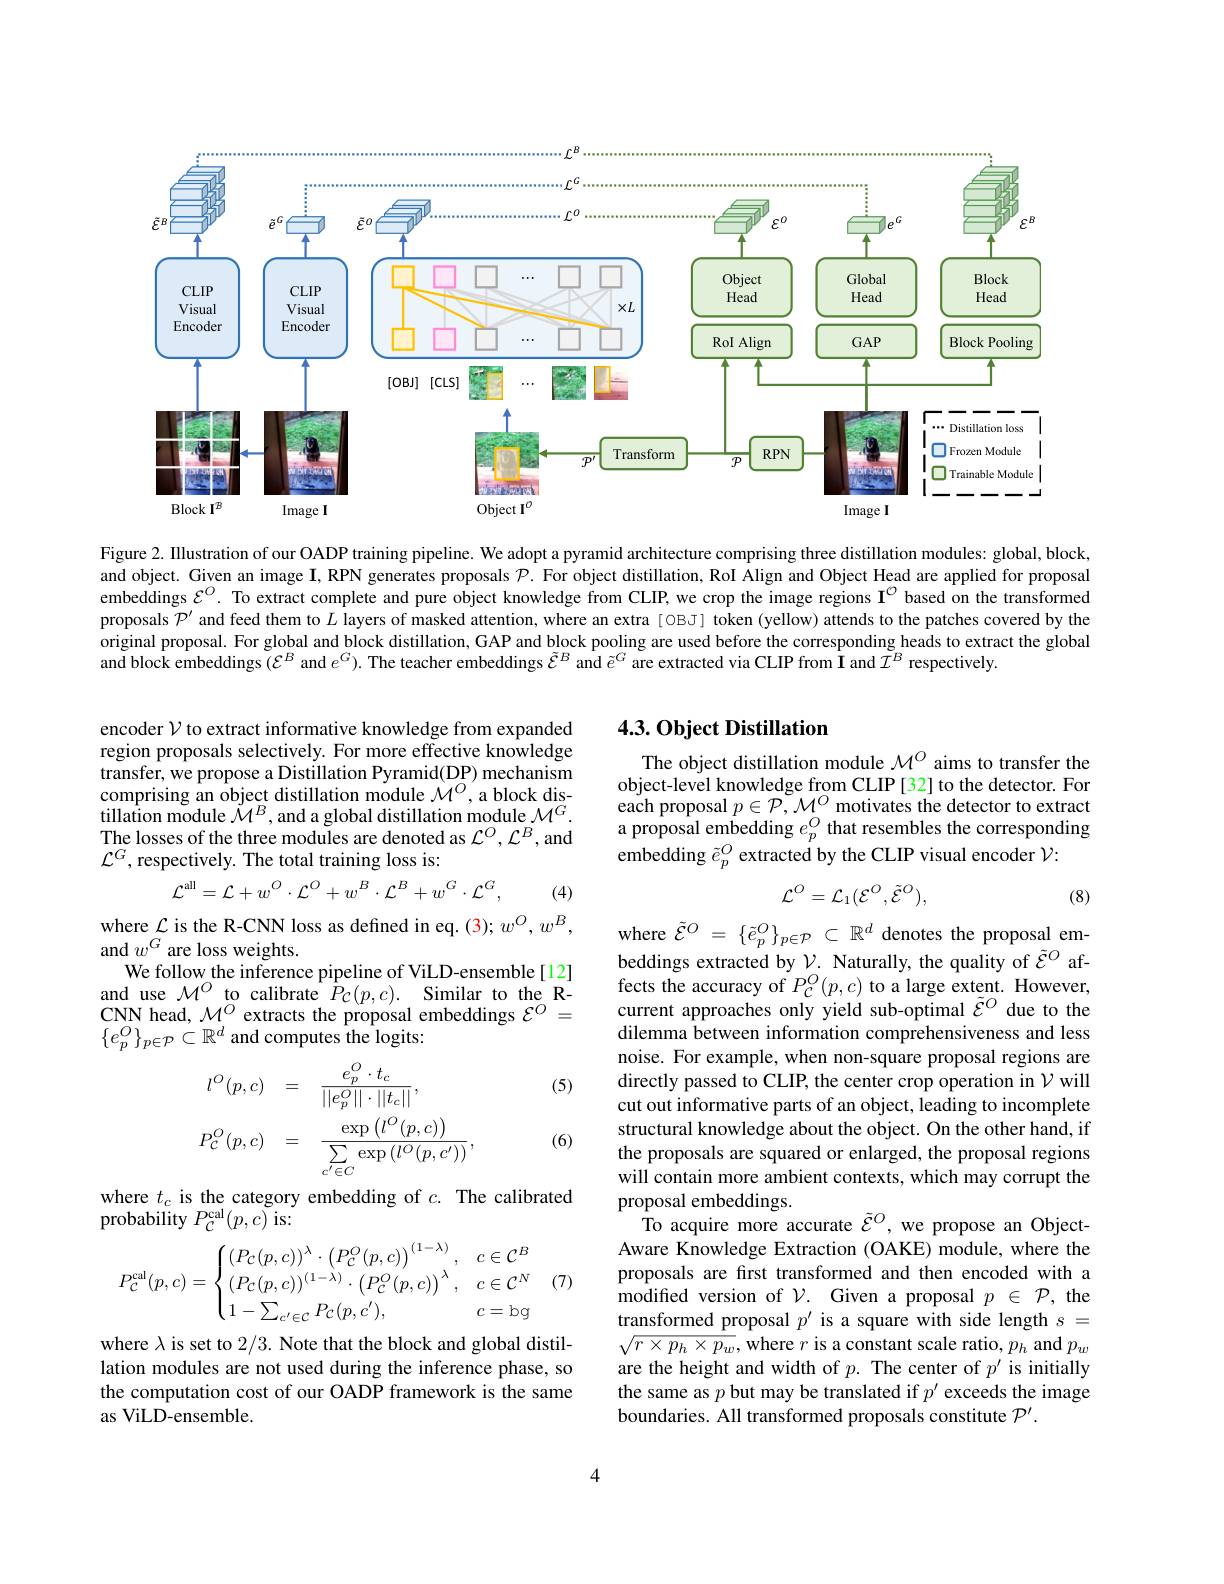
<FigureHere>

Figure 2. Illustration of our OADP training pipeline. We adopt a pyramid architecture comprising three distillation modules: global, block, and object. Given an image $\mathbf{I}$, RPN generates proposals $\mathcal{P}.$ For object distillation, RoI Align and Object Head are applied for proposal embeddings $\varepsilon^O.$ To extract complete and pure object knowledge from CLIP, we crop the image regions $\mathbf{I}^{\textcircled{O}}$ based on the transformed proposals $\mathcal{P}^\prime$ and feed them to $L$ layers of masked attention, where an extra[ OBJ] token (yellow) attends to the patches covered by the original proposal. For global and block distillation, GAP and block pooling are used before the corresponding heads to extract the global and block embeddings $(\mathcal{E}^B$ and $e^G).$ The teacher embeddings $\tilde{\mathcal{E}}^B$ and $\tilde{e}^G$ are extracted via CLIP from $\tilde{\mathcal{I}}$ and $\tilde{\mathcal{I}}^B$ respectively.

## 4.3. Object Distillation

encoder $\mathcal{V}$ to extract informative knowledge from expanded region proposals selectively. For more effective knowledge transfer, we propose a Distillation Pyramid(DP) mechanism comprising an object distillation module $\mathcal{M}^O$,a block distillation module $\mathcal{M}^B$,and a global distillation module $\mathcal{M}^G.$ The losses of the three modules are denoted as $\mathcal{L}^O,\mathcal{L}^B$,and $\mathcal{L}^G$,respectively. The total training loss is:

The object distillation module $\mathcal{M}^{O}$ aims to transfer the object-level knowledge from CLIP [32] to the detector. For each proposal $p\in\mathcal{P},\mathcal{M}^O$ motivates the detector to extract a proposal embedding $e_p^O$ that resembles the corresponding embedding $\tilde{e}_p^O$ extracted by the CLIP visual encoder $\mathcal{V}:$
$$\mathcal{L}^{\mathrm{all}}=\mathcal{L}+w^{O}\cdot\mathcal{L}^{O}+w^{B}\cdot\mathcal{L}^{B}+w^{G}\cdot\mathcal{L}^{G},$$
(4)
$$\mathcal{L}^{O}=\mathcal{L}_{1}(\mathcal{E}^{O},\tilde{\mathcal{E}}^{O}),$$
(8)

where $\mathcal{L}$ is the R-CNN loss as defined in eq.(3); $w^O,w^B$,
and $w^G$ are loss weights.
We follow the inference pipeline of ViLD-ensemble[12] and use $\mathcal{M}^{O}$ to calibrate $\hat{P} _{\mathcal{C} }( p, c) .$ Similar to the RCNN head, $\mathcal{M}^O$ extracts the proposal embeddings $\mathcal{E}^O=$ $\{e_p^O\}_{p\in\mathcal{P}}\subset\mathbb{R}^d$ and computes the logits:

(5)
$$\begin{aligned}l^{O}(p,c)&=\quad\frac{e_{p}^{O}\cdot t_{c}}{||e_{p}^{O}||\cdot||t_{c}||},\\P_{\mathcal{C}}^{O}(p,c)&=\quad\frac{\exp\left(l^{O}(p,c)\right)}{\sum_{c^{\prime}\in C}\exp\left(l^{O}(p,c^{\prime})\right)},\\\end{aligned}$$
(6)

where $\tilde{\mathcal{E} } ^O$ = $\{ \tilde{e} _p^O\} _{p\in \mathcal{P} }$ $\subset$ $\mathbb{R} ^d$ denotes the proposal embeddings extracted by $\mathcal{V}.$ Naturally, the quality of $\tilde{\mathcal{E}}^O$ affects the accuracy of $P_{\mathcal{C}}^{O}(p,c)$ to a large extent. However, current approaches only yield sub-optimal $\tilde{\mathcal{E}}^{O}$ due to the dilemma between information comprehensiveness and less noise. For example, when non-square proposal regions are directly passed to CLIP, the center crop operation in $\mathcal{V}$ will cut out informative parts of an object, leading to incomplete structural knowledge about the object. On the other hand, if the proposals are squared or enlarged, the proposal regions will contain more ambient contexts, which may corrupt the proposal embeddings.
$\hat{\text{To acquire more accurate }}\tilde{\mathcal{E}}^{O}$,we propose an ObjectAware Knowledge Extraction (OAKE) module, where the proposals are first transformed and then encoded with a modifed version of $\mathcal{V}.$ Given a proposal $p\in\mathcal{P}$, the transformed proposal $p^\prime$ is a square with side length $s=$ $\sqrt{r\times p_h\times p_w}$,where $r$ is a constant scale ratio, $p_h$ and $p_w$ are the height and width of $p.$ The center of $p^\prime$ is initially the same as $p$ but may be translated if $p^\prime$ exceeds the image boundaries. All transformed proposals constitute $\mathcal{P}^\prime.$

where $t_c$ is the category embedding of $c.$ The calibrated
probability $P_{\mathcal{C}}^\mathrm{cal}(p,c)$ is:
$$P_{\mathcal{C}}^{\mathrm{cal}}(p,c)=\begin{cases}(P_{\mathcal{C}}(p,c))^{\lambda}\cdot\left(P_{\mathcal{C}}^{O}(p,c)\right)^{(1-\lambda)},&c\in\mathcal{C}^{B}\\(P_{\mathcal{C}}(p,c))^{(1-\lambda)}\cdot\left(P_{\mathcal{C}}^{O}(p,c)\right)^{\lambda},&c\in\mathcal{C}^{N}\\1-\sum_{c'\in\mathcal{C}}P_{\mathcal{C}}(p,c'),&c=\mathrm{bg}\end{cases}(7)$$
where $\lambda$ is set to 2/3. Note that the block and global distillation modules are not used during the inference phase, so the computation cost of our OADP framework is the same as ViLD-ensemble.

4